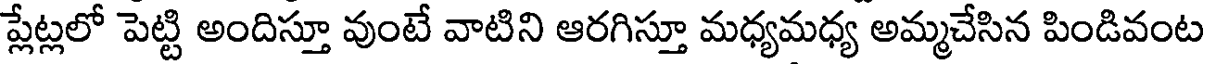
ప్లేట్లలో పెట్టి అందిస్తూ వుంటే వాటిని ఆరగిస్తూ మధ్యమధ్య అమ్మచేసిన పిండివంట